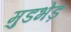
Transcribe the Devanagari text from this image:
मुडभेड़